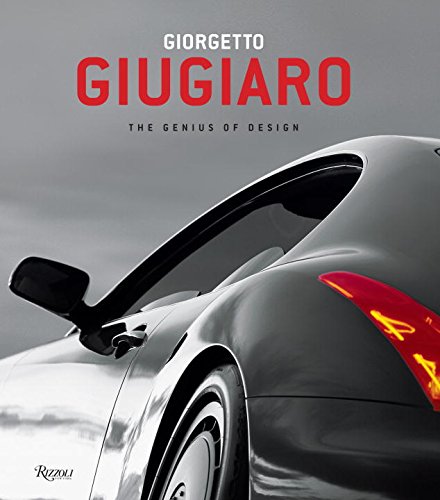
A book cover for Giorgetto Giugiaro: The Genius of Design; Engineering & Transportation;